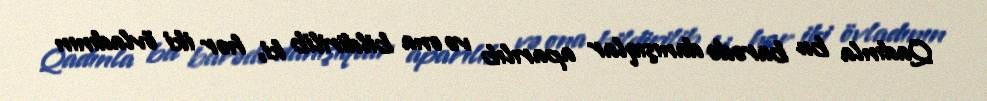
Qadınla bu barədə danışıqlar aparılıb və ona bildirilib ki, hər iki övladının